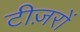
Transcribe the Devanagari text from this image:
टीज़रों